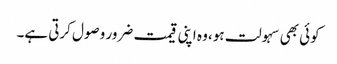
کوئی بھی سہولت ہو، وہ اپنی قیمت ضرور وصول کرتی ہے۔